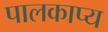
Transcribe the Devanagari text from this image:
पालकाप्य